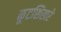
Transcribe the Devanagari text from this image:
कूटशिखरे